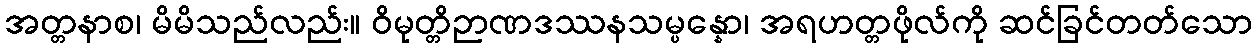
အတ္တနာစ၊ မိမိသည်လည်း။ ဝိမုတ္တိဉာဏဒဿနသမ္ပန္နော၊ အရဟတ္တဖိုလ်ကို ဆင်ခြင်တတ်သော